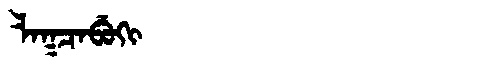
Manchu: ᠯᠠᡴᠴᠠᠪᡠᡴᡳ
Romanization: LAKCABUKI